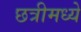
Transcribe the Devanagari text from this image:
छत्रीमध्ये